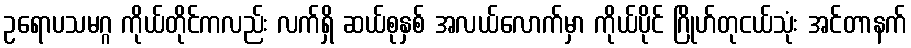
ဥရောပသမဂ္ဂ ကိုယ်တိုင်ကလည်း လက်ရှိ ဆယ်စုနှစ် အလယ်လောက်မှာ ကိုယ်ပိုင် ဂြိုဟ်တုငယ်သုံး အင်တာနက်